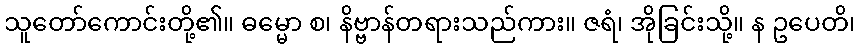
သူတော်ကောင်းတို့၏။ ဓမ္မော စ၊ နိဗ္ဗာန်တရားသည်ကား။ ဇရံ၊ အိုခြင်းသို့။ န ဥပေတိ၊